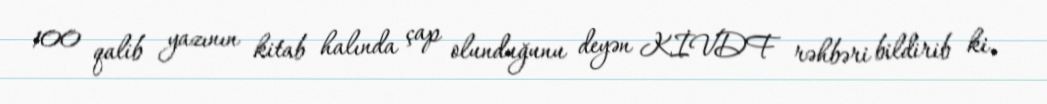
100 qalib yazının kitab halında çap olunduğunu deyən KİVDF rəhbəri bildirib ki,